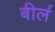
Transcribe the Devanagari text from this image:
बील॔